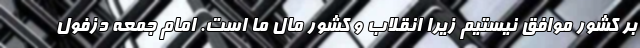
بر کشور موافق نیستیم زیرا انقلاب و کشور مال ما است. امام جمعه دزفول